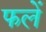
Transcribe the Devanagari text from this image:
फलें